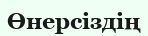
Өнерсіздің